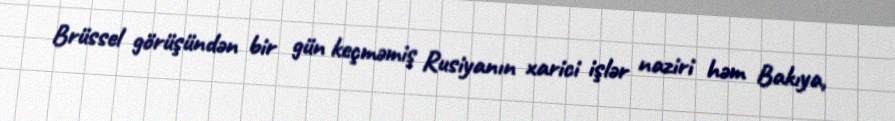
Brüssel görüşündən bir gün keçməmiş Rusiyanın xarici işlər naziri həm Bakıya,